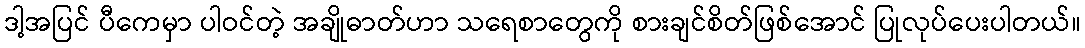
ဒါ့အပြင် ပီကေမှာ ပါဝင်တဲ့ အချိုဓာတ်ဟာ သရေစာတွေကို စားချင်စိတ်ဖြစ်အောင် ပြုလုပ်ပေးပါတယ်။